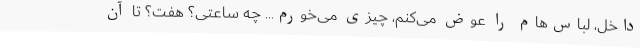
داخل، لباس‌هام را عوض می‌کنم، چیزی می‌خورم... چه ساعتی؟ هفت؟ تا آن